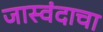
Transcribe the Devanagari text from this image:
जास्वंदाचा